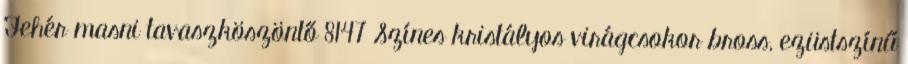
Fehér masni tavaszköszöntő 8147 Színes kristályos virágcsokor bross, ezüstszínű